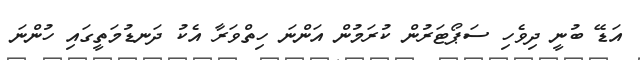
އަޑޭ ބުނީ ދިވެހި ސަޕޯޓަރުން ކުރަމުން އަންނަ ހިތްވަރާ އެކު ދަނޑުމަތީގައި ހުންނަ